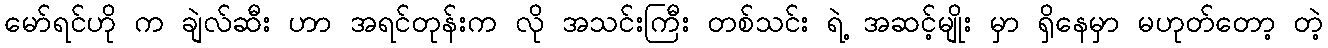
မော်ရင်ဟို က ချဲလ်ဆီး ဟာ အရင်တုန်းက လို အသင်းကြီး တစ်သင်း ရဲ့ အဆင့်မျိုး မှာ ရှိနေမှာ မဟုတ်တော့ တဲ့